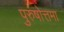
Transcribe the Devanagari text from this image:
पुरुषोत्तमा